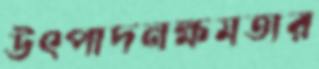
উৎপাদনক্ষমতার